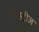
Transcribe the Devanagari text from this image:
वेस्ट्रीज